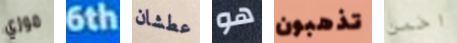
موزي 6th عطشان هو تذهبون اخمن